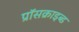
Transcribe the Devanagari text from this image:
प्रॉसक्राइब्ड